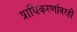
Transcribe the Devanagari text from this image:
प्राधिकरणांवरही